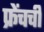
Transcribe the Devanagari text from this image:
फ्रेंचची